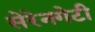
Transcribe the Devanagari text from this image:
सेरेनगेटी